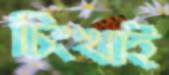
চিংখাই